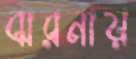
ঝরনায়